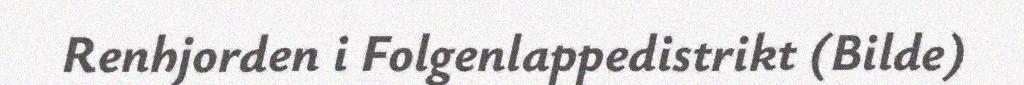
Renhjorden i Folgenlappedistrikt (Bilde)